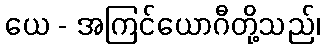
ယေ - အကြင်ယောဂီတို့သည်၊